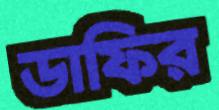
ডাফির